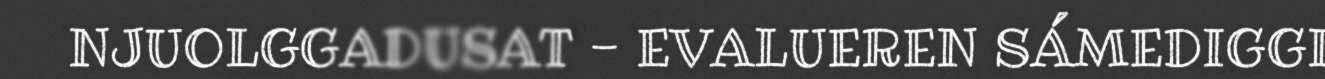
NJUOLGGADUSAT - EVALUEREN SÁMEDIGGI